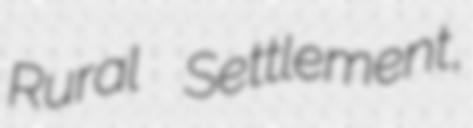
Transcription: Rural Settlement,